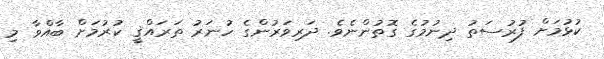
ކުޅުމަށް ފުރުސަތު ދިނުމުގެ ގޮތުންނެވެ. ދަރިވަރުންގެ ހުނަރު ތަރައްޤީ ކުރުމަށް ބާއްވާ މި